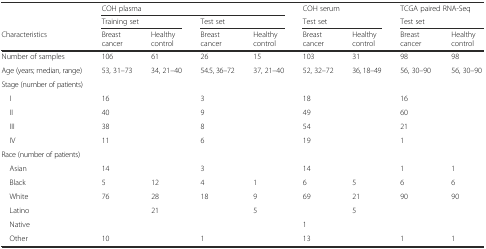
<table><thead><tr><td></td><td colspan="4"><b>COH plasma</b></td><td colspan="2"><b>COH serum</b></td><td colspan="2"><b>TCGA paired RNA-Seq</b></td></tr><tr><td></td><td colspan="2"><b>Training set</b></td><td colspan="2"><b>Test set</b></td><td colspan="2"><b>Test set</b></td><td colspan="2"><b>Test set</b></td></tr><tr><td><b>Characteristics</b></td><td><b>Breast cancer</b></td><td><b>Healthy control</b></td><td><b>Breast cancer</b></td><td><b>Healthy control</b></td><td><b>Breast cancer</b></td><td><b>Healthy control</b></td><td><b>Breast cancer</b></td><td><b>Healthy control</b></td></tr></thead><tbody><tr><td>Number of samples</td><td>106</td><td>61</td><td>26</td><td>15</td><td>103</td><td>31</td><td>98</td><td>98</td></tr><tr><td>Age (years; median, range)</td><td>53, 31–73</td><td>34, 21–40</td><td>54.5, 36–72</td><td>37, 21–40</td><td>52, 32–72</td><td>36, 18–49</td><td>56, 30–90</td><td>56, 30–90</td></tr><tr><td>Stage (number of patients)</td><td></td><td></td><td></td><td></td><td></td><td></td><td></td><td></td></tr><tr><td> I</td><td>16</td><td></td><td>3</td><td></td><td>18</td><td></td><td>16</td><td></td></tr><tr><td> II</td><td>40</td><td></td><td>9</td><td></td><td>49</td><td></td><td>60</td><td></td></tr><tr><td> III</td><td>38</td><td></td><td>8</td><td></td><td>54</td><td></td><td>21</td><td></td></tr><tr><td> IV</td><td>11</td><td></td><td>6</td><td></td><td>19</td><td></td><td>1</td><td></td></tr><tr><td>Race (number of patients)</td><td></td><td></td><td></td><td></td><td></td><td></td><td></td><td></td></tr><tr><td> Asian</td><td>14</td><td></td><td>3</td><td></td><td>14</td><td></td><td>1</td><td>1</td></tr><tr><td> Black</td><td>5</td><td>12</td><td>4</td><td>1</td><td>6</td><td>5</td><td>6</td><td>6</td></tr><tr><td> White</td><td>76</td><td>28</td><td>18</td><td>9</td><td>69</td><td>21</td><td>90</td><td>90</td></tr><tr><td> Latino</td><td></td><td>21</td><td></td><td>5</td><td></td><td>5</td><td></td><td></td></tr><tr><td> Native</td><td></td><td></td><td></td><td></td><td>1</td><td></td><td></td><td></td></tr><tr><td> Other</td><td>10</td><td></td><td>1</td><td></td><td>13</td><td></td><td>1</td><td>1</td></tr></tbody></table>